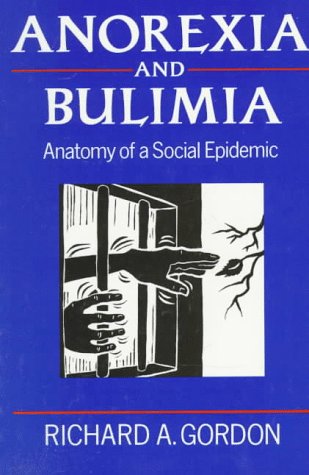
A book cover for Anorexia and Bulimia; Richard Gordon; Health, Fitness & Dieting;